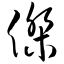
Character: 杰